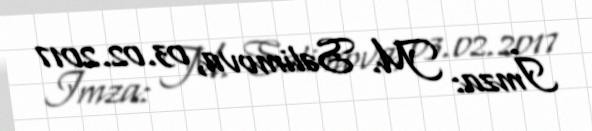
İmza: M. Səlimova, 03.02.2017